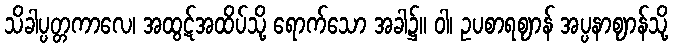
သိခါပ္ပတ္တကာလေ၊ အထွဋ်အထိပ်သို့ ရောက်သော အခါ၌။ ဝါ၊ ဥပစာရဈာန် အပ္ပနာဈာန်သို့